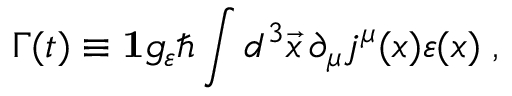
\Gamma ( t ) \equiv { \bf 1 } g _ { \varepsilon } \hbar \int d ^ { 3 } \vec { x } \, \partial _ { \mu } j ^ { \mu } ( x ) \varepsilon ( x ) \; ,